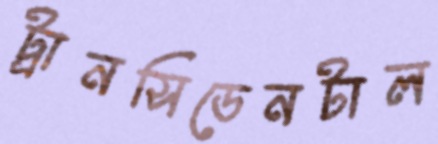
ট্রানসিডেনটাল